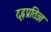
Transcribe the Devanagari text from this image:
दृढ़प्रतिज्ञ